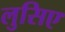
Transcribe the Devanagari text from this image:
लुसिए